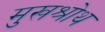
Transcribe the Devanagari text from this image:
मुखश्रोथ